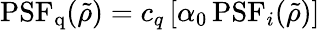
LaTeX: \mathrm{PSF}_{\mathrm{q}}(\tilde{\rho})=c_{q}\left[\alpha_{0}\, \mathrm{PSF}_{i}(\tilde{\rho})\right]